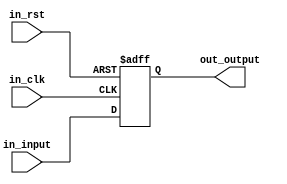
`timescale 1ns / 1ps
module Register(in_input, in_clk, in_rst, out_output);
parameter reg_size = 1;

input [reg_size - 1:0] in_input;
input in_clk, in_rst;
output reg[reg_size - 1:0] out_output;

always@(posedge in_clk, negedge in_rst)
begin
	if(!in_rst)
	begin
		out_output <= 0;
	end
	else
	begin
		out_output <= in_input;
	end
end

endmodule